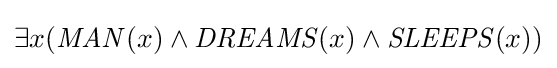
\exists x({\mathit {MAN}}(x)\wedge {\mathit {DREAMS}}(x)\wedge {\mathit {SLEEPS}}(x))